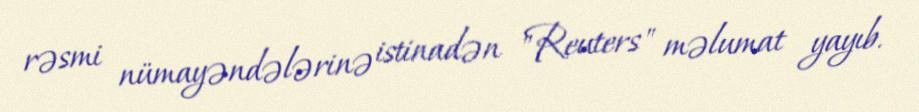
rəsmi nümayəndələrinə istinadən "Reuters" məlumat yayıb.